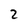
Character: 2